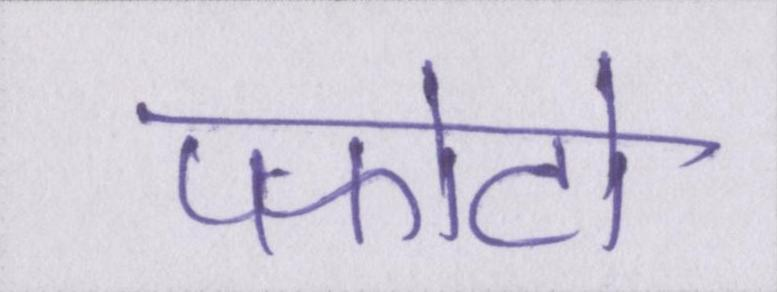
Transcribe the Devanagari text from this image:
पफोटो